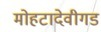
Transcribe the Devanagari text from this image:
मोहटादेवीगड